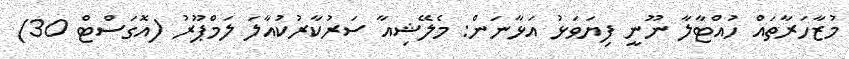
މުޒާހަރާތައް ހުއްޓާލާ ނޫނީ ފިޔަވަޅު އަޅާނަން: މެލޭޝިއާ ސަރުކާރުކުއާލަ ލަމްޕޫރު (އޮގަސްޓް 30)